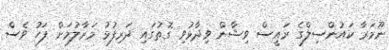
ނޫމަރާ ކައުންސިލްގެ ރައީސް ވިޝާން ވިދާޅުވި ގޮތުގައި ދަރިފުޅު މަރާލުމަށް ފަހު ވެސް